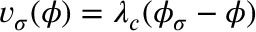
v _ { \sigma } ( \phi ) = \lambda _ { c } ( \phi _ { \sigma } - \phi )